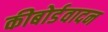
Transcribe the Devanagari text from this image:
कीबोर्डवादन